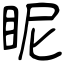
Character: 眤